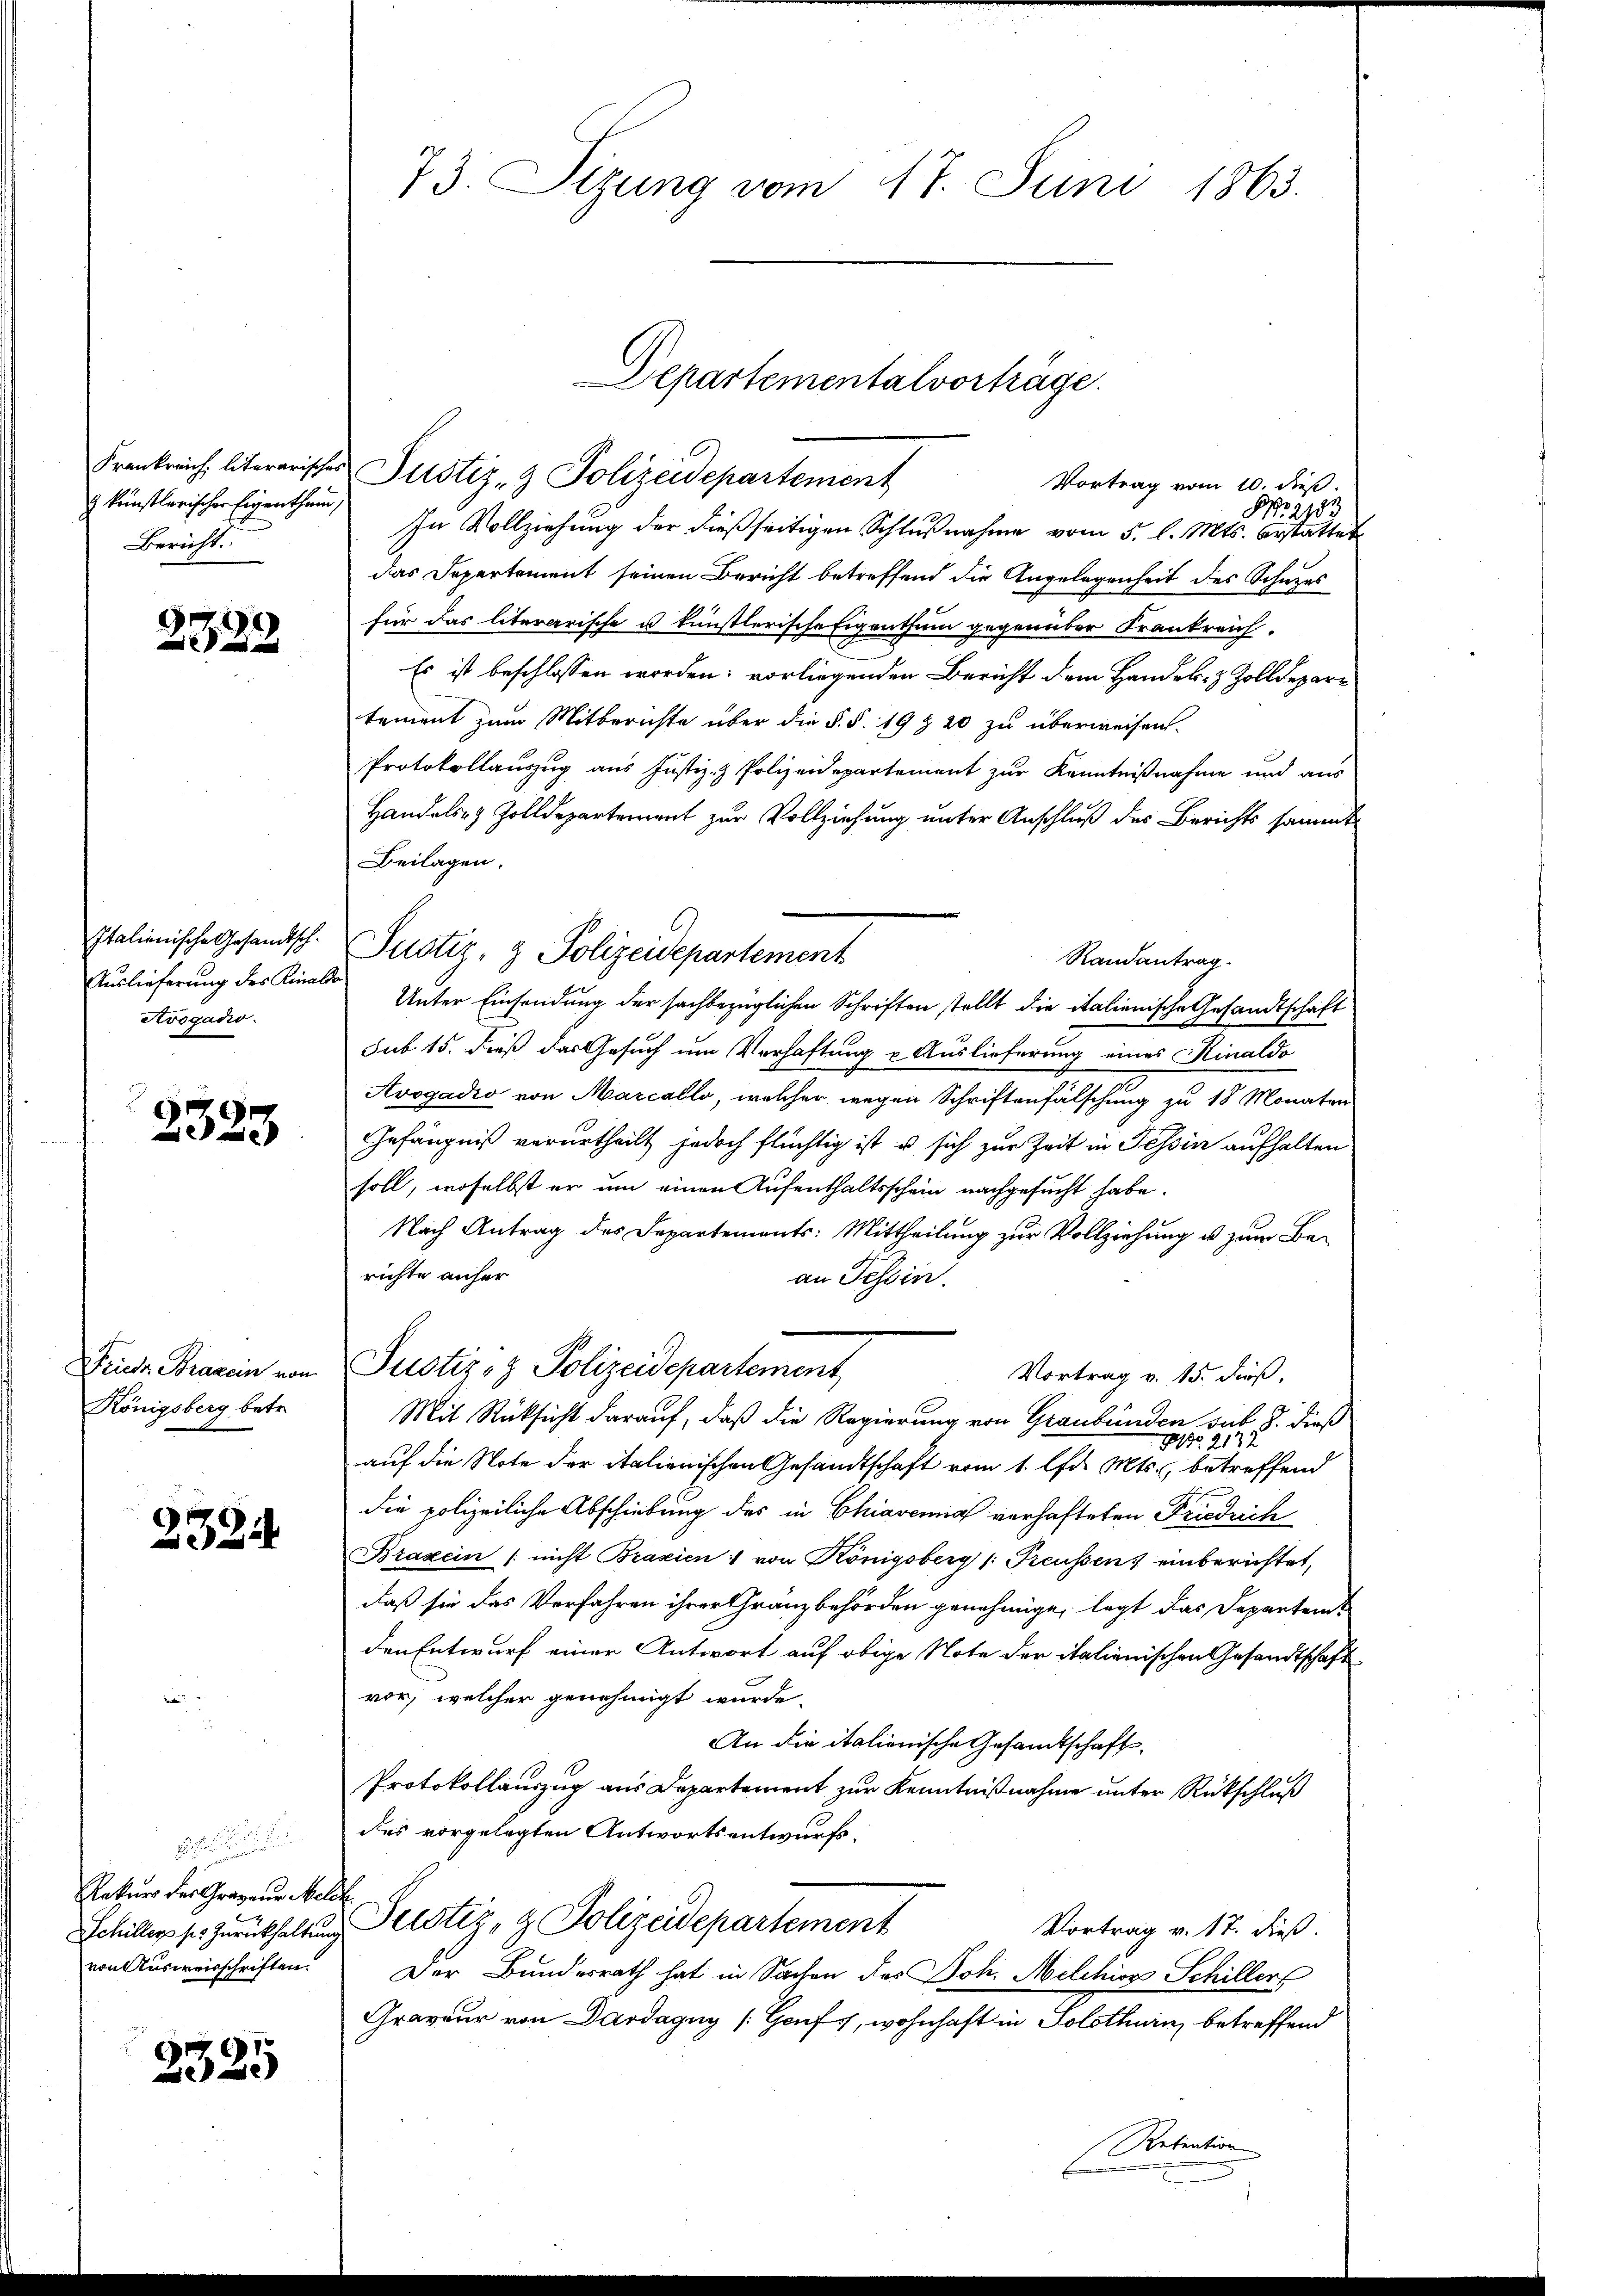
künstlerischer Eigenthum,
Bericht.

2322

Italienische Gesandtsch-
Auslieferung des Kinale
Avogadio.

2323

Friedr Braxen von
Königsberg betr.

232.

Rekurs des Grazene Melch
von Ausweisschriften.

2325

73. Sizung vom 17. Juni 1863.

Frankreich, literarischer Justiz- & Polizeidepartement
Vortrag vom 10. dieß.
No. 2133
In Vollziehung der dießseitigen Schlußnahme vom 5. l. Mts. bestattet
das Departement seinen Bericht betreffend die Angelegenheit des Schazes
für das literarische u künstlerische Eigenthum gegenüber Frankreich.
Es ist beschlossen worden; vorliegenden Bericht dem Handels- & Zolldepartement zum Mitberichte über die §. §. 19 § 20 zu überweisen.
Protokollauszug aus Justiz- & Polizeidepartement zur Kenntnißnahme und aus
Handels- & Zolldepartement zur Vollziehung unter Anschluß des Berichts sammt
Beilagen.
Justiz- & Polizeidepartement
Randantrag.
Unter Einsendung der sachbezüglichen Schriften stellt die italienische Gesandtschaft
sub 15. dieß das Gesuch um Verhaftung u Auslieferung eines Kinaldo
Avogadio von Marcallo, welcher wegen Schriftenfälschung zu 18 Monaten
Gefängniß verurtheilt jedoch flüchtig ist u. sich zur Zeit in Tessin aufhalten
soll, woselbst er um einen Aufenthaltsschein nachgesucht habe.
Nach Antrag des Departements: Mittheilung zur Vollziehung u. zum Berichte anher
an Tessin.
Justiz- & Polizeidepartement
Vortrag v. 15. dieß,
Mit Rücksicht darauf, daß die Regierung von Graubünden sub 8. dieß
81. 2132
auf die Note der italienischen Gesandtschaft vom 1. lfd. Mts., betreffend
die polizeiliche Abschiebung des in Chiavenia verhafteten Friedrich
Braxein / nicht Brasien : von Königsberg (: Preussen) einberichtet,
daß sie das Verfahren ihrer Gränzbehörden genehmige, legt das Departemden Entwurf einer Antwort auf obige Note der italienischen Gesandtschaft
vor, welcher genehmigt wurde.
An die italienische Gesandtschaft.
Protokollauszug aus Departement zur Kenntnißnahme unter Rückschluß
des vorgelegten Antwortsentwurfs-
Schiller s. zurückhaltŭng Justiz- & Polizeidepartement
Vortrag v. 17. dieß.
Der Bundesrath hat in Sachen des Joh. Melchior Schillers
Graveur von Dardagny [Goufs, wohnhaft in Solothurn, betreffend
Retention

Departementalvorträge.